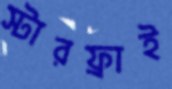
স্টারফ্রাই